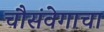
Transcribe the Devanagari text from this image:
चौसंवेगाचा